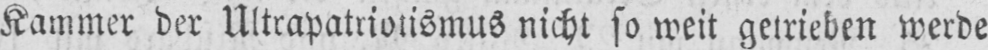
Kammer der Ultrapatriotismus nicht so weit getrieben werde